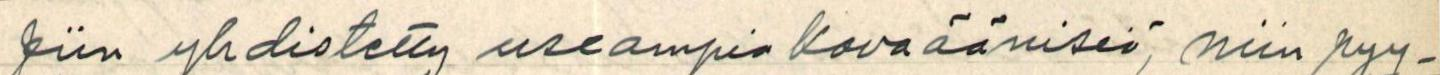
jiin yhdistetty useampia kovaäänisiä, niin pyy-